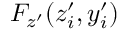
F _ { z ^ { \prime } } ( z _ { i } ^ { \prime } , y _ { i } ^ { \prime } )